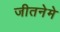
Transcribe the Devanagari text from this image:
जीतनेमे